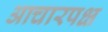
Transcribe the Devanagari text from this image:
आचारपक्ष